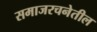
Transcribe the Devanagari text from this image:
समाजरचनेतील